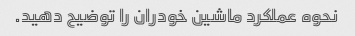
نحوه عملکرد ماشین خودران را توضیح دهید.